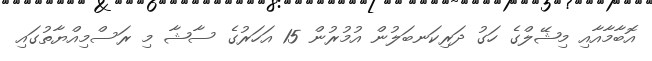
އޮބާމާއާއި މިޝޭލްގެ ހަގު ދަރިކަނބަލުން އުމުރުން 15 އަހަރުގެ ސާޝާ މި ރަސްމިއްޔާތުގައި